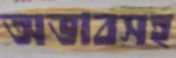
অভাবসহ